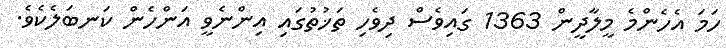
ހަމަ އެހެންމެ މީލާދީން 1363 ގައިވެސް ދިވެހި ތަޚުތުގައި އިންނެވީ އަންހެން ކަނބަލެކެވެ.